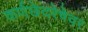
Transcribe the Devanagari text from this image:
कर्णछेदरेषेवर